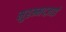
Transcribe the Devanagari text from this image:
मुहम्मदज़ाई